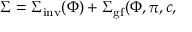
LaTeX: \Sigma = \Sigma _ { \mathrm { i n v } } ( \Phi ) + \Sigma _ { \mathrm { g f } } ( \Phi , \pi , c ,